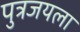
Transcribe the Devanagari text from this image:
पुत्रजयला